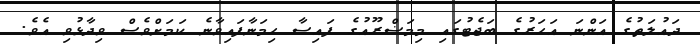
ދައުލަތުގެ އަންނަ އަހަރުގެ ބަޖެޓުގައި މިމަޟްރޫއުގެ ފައިސާ ހިމަނާފައިވާނެ ކަމަށްވެސް ވިދާޅުވި އެވެ.